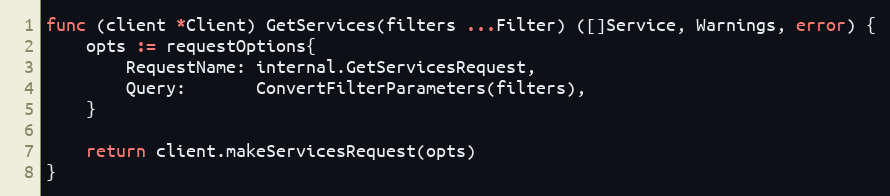
Language: Go
func (client *Client) GetServices(filters ...Filter) ([]Service, Warnings, error) {
	opts := requestOptions{
		RequestName: internal.GetServicesRequest,
		Query:       ConvertFilterParameters(filters),
	}

	return client.makeServicesRequest(opts)
}